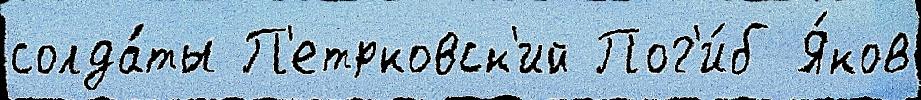
солда́ты П'етрковск'ий Пог'и́б Я́ков